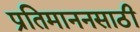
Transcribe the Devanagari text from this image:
प्रतिमाननसाठी